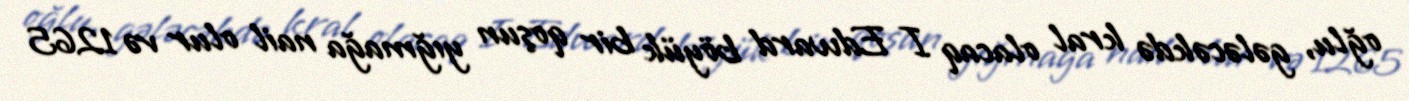
oğlu, gələcəkdə kral olacaq I Edward böyük bir qoşun yığmağa nail olur və 1265